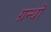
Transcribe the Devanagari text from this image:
ग्रन्थॊ